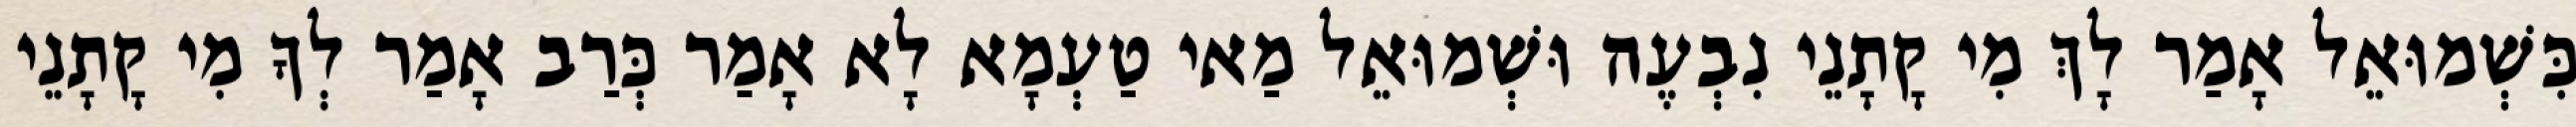
כִּשְׁמוּאֵל אָמַר לָךְ מִי קָתָנֵי נִבְעֶה וּשְׁמוּאֵל מַאי טַעְמָא לָא אָמַר כְּרַב אָמַר לְךָ מִי קָתָנֵי